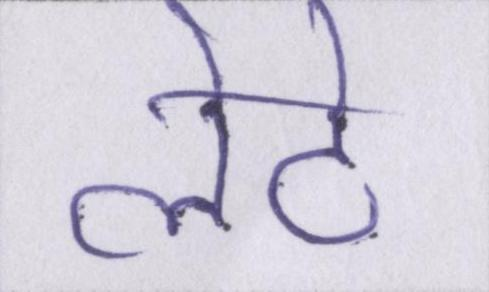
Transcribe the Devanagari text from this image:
लेटे